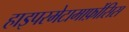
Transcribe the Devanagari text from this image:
हाइपरमेटामार्फ़ोसिस